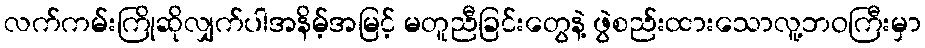
လက်ကမ်းကြိုဆိုလျှက်ပါအနိမ့်အမြင့် မတူညီခြင်းတွေနဲ့ ဖွဲစည်းထားသောလူ့ဘဝကြီးမှာ